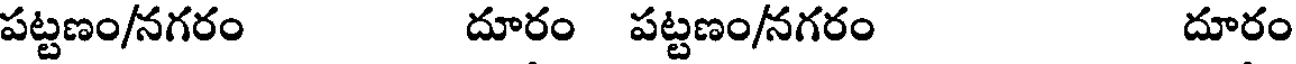
పట్టణం/నగరం దూరం పట్టణం/నగరం దూరం